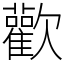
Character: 歡